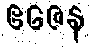
ဧဇေန